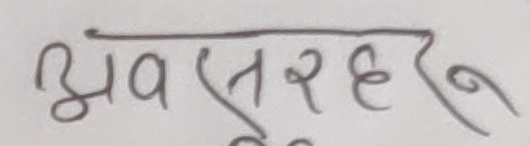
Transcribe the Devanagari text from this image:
अवरहहरु